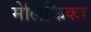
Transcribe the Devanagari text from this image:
मेलिफिका